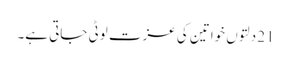
21 دلتوں خواتین کی عزت لوٹی جاتی ہے۔